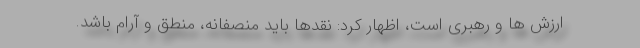
ارزش ها و رهبری است، اظهار کرد: نقدها باید منصفانه، منطق و آرام باشد.